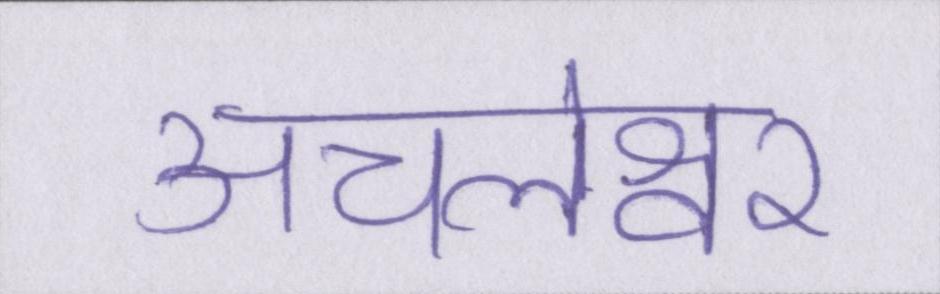
अचलेश्वर